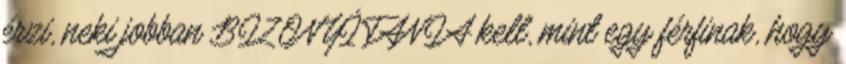
érzi, neki jobban BIZONYÍTANIA kell, mint egy férfinak, hogy